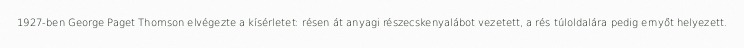
1927-ben George Paget Thomson elvégezte a kísérletet: résen át anyagi részecskenyalábot vezetett, a rés túloldalára pedig ernyőt helyezett.